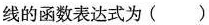
线的函数表达式为（）